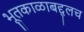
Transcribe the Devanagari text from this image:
भूतकाळाबद्द्लच